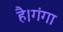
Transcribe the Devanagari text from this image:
है।गंगा